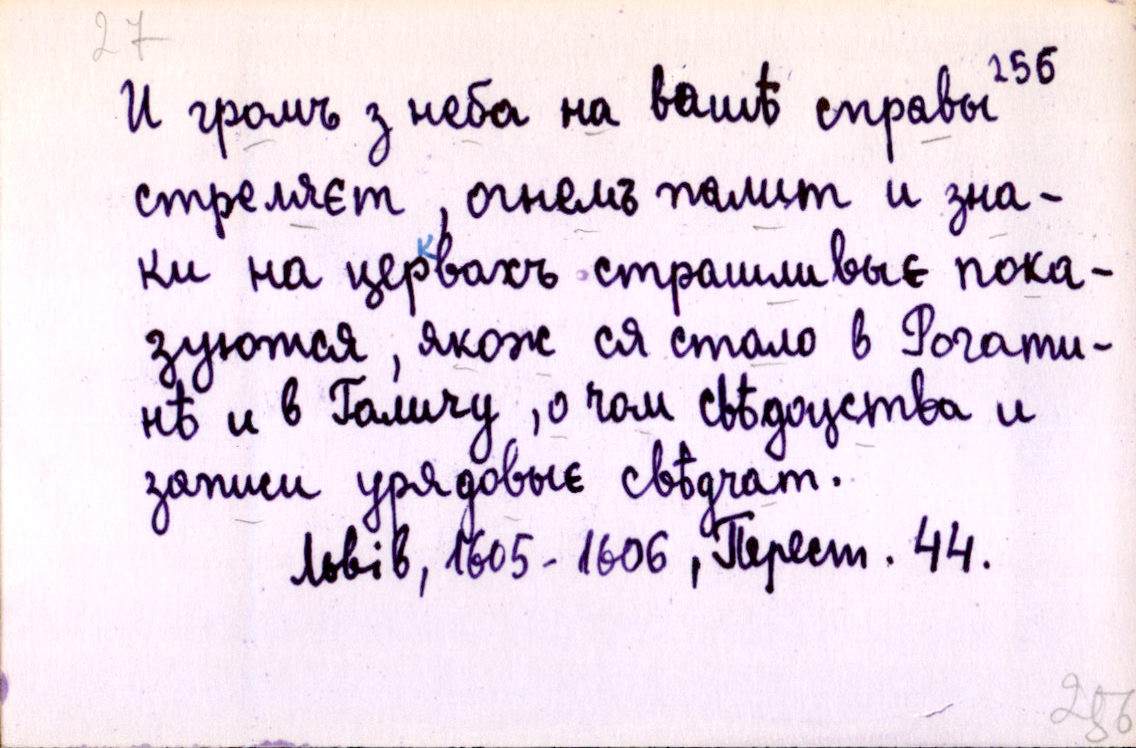
И громъ з неба на вашѣ справы
стрѣляєт, огнемъ палит и зна-
ки на церквахъ страшливыє пока-
зуются, якож ся стало в Рогати-
нѣ и в Галичу, о чом свѣдоцства и
записи урядовыє свѣдчат.
Львів, 1605-1606, Перест. 44.